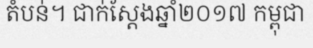
តំបន់។ ជាក់ស្តែងឆ្នាំ២០១៧ កម្ពុជា